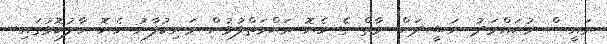
ރައީސް މުޙައްމަދު ނަޝީދަށް. މާތް ގެ ހެޔޮ ރަޙްމަތްފުޅުން މަނިކުފާނު ހެޔޮ ހާލުކޮޅުގައި